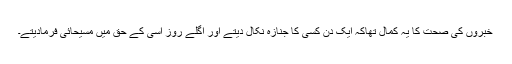
خبروں کی صحت کا یہ کمال تھاکہ ایک دن کسی کا جنازہ نکال دیتے اور اگلے روز اسی کے حق میں مسیحائی فرمادیتے۔